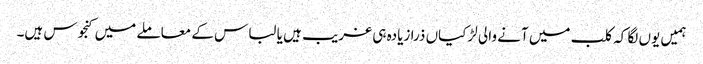
ہمیں یوں لگا کہ کلب میں آنے والی لڑکیاں ذرا زیادہ ہی غریب ہیں یا لباس کے معاملے میں کنجوس ہیں۔